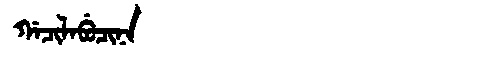
Manchu: ᡤᠠᠴᡳᠯᠠᠪᡠᠴᡳᠨᠠ
Romanization: GACILABUCINA